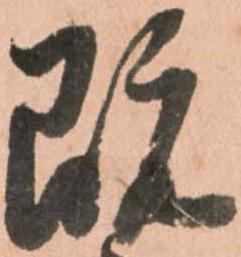
既